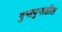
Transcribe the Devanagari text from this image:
गुप्तयुगातील